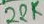
Text: 22K